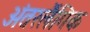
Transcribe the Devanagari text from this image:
अंतरलैंगिक